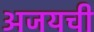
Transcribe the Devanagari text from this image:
अजयची